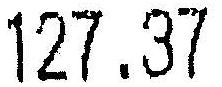
127.37